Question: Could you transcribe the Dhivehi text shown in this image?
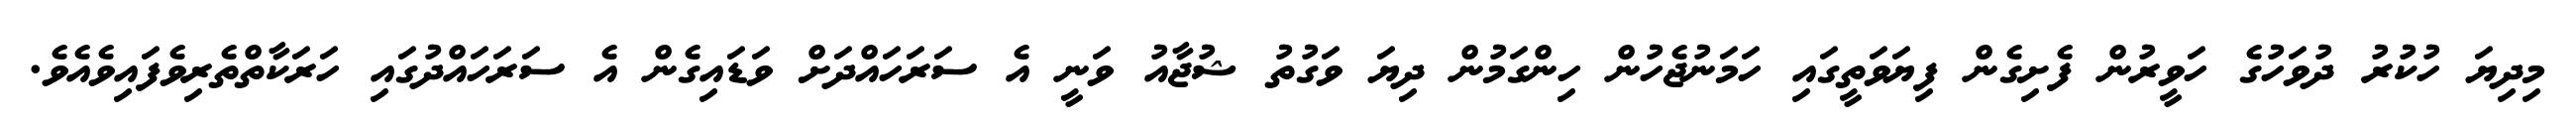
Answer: މިދިޔަ ހުކުރު ދުވަހުގެ ހަވީރުން ފެށިގެން ފިޔަވަތީގައި ހަމަނުޖެހުން ހިންގަމުން ދިޔަ ވަގުތު ޝުޖާއު ވަނީ އެ ސަރަހައްދަށް ވަޑައިގެން އެ ސަރަހައްދުގައި ހަރަކާތްތެރިވެފައިވެއެވެ.